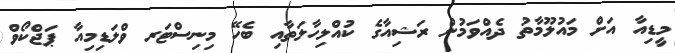
މީޑިއާ އަށް މައުލޫމާތު ދެއްވަމުން ރަޝިއާގެ ކުއްލިހާލަތާއި ބެހޭ މިނިސްޓަރ ވްލަޑިމިއާ ޕަޖްކޯވް